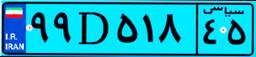
۰۰D۷۳۳۹۳